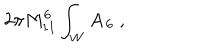
LaTeX: { 2 \pi M _ { 1 1 } ^ { 6 } } \int _ { W } \mathbf { A _ { 6 } } \ ,